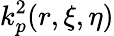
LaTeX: k_{p}^{2}(r,\xi,\eta)